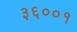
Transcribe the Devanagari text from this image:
३६००१